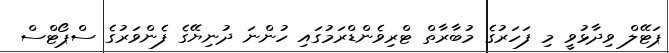
ޕަޓޭލް ވިދާޅުވީ މި ފަހަރުގެ މުބާރާތް ޓްރިވެންޑްރަމުގައި ހުންނަ ދުނިޔޭގެ ފެންވަރުގެ ސްޕޯޓްސް